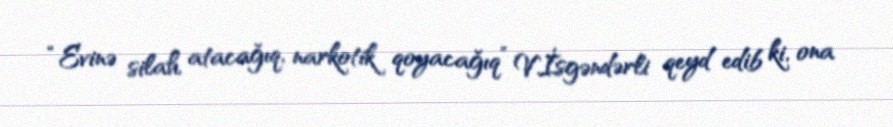
“Evinə silah atacağıq, narkotik qoyacağıq” V.İsgəndərli qeyd edib ki, ona